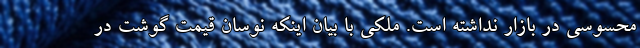
محسوسی در بازار نداشته است. ملکی با بیان اینکه نوسان قیمت گوشت در